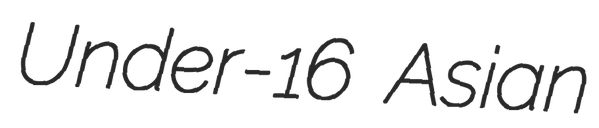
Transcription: Under-16 Asian